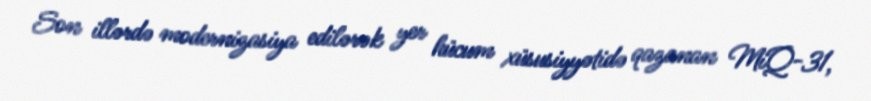
Son illərdə modernizasiya edilərək yer hücum xüsusiyyətidə qazanan MiQ-31,